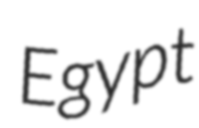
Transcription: Egypt